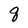
Character: q